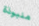
منبوذة